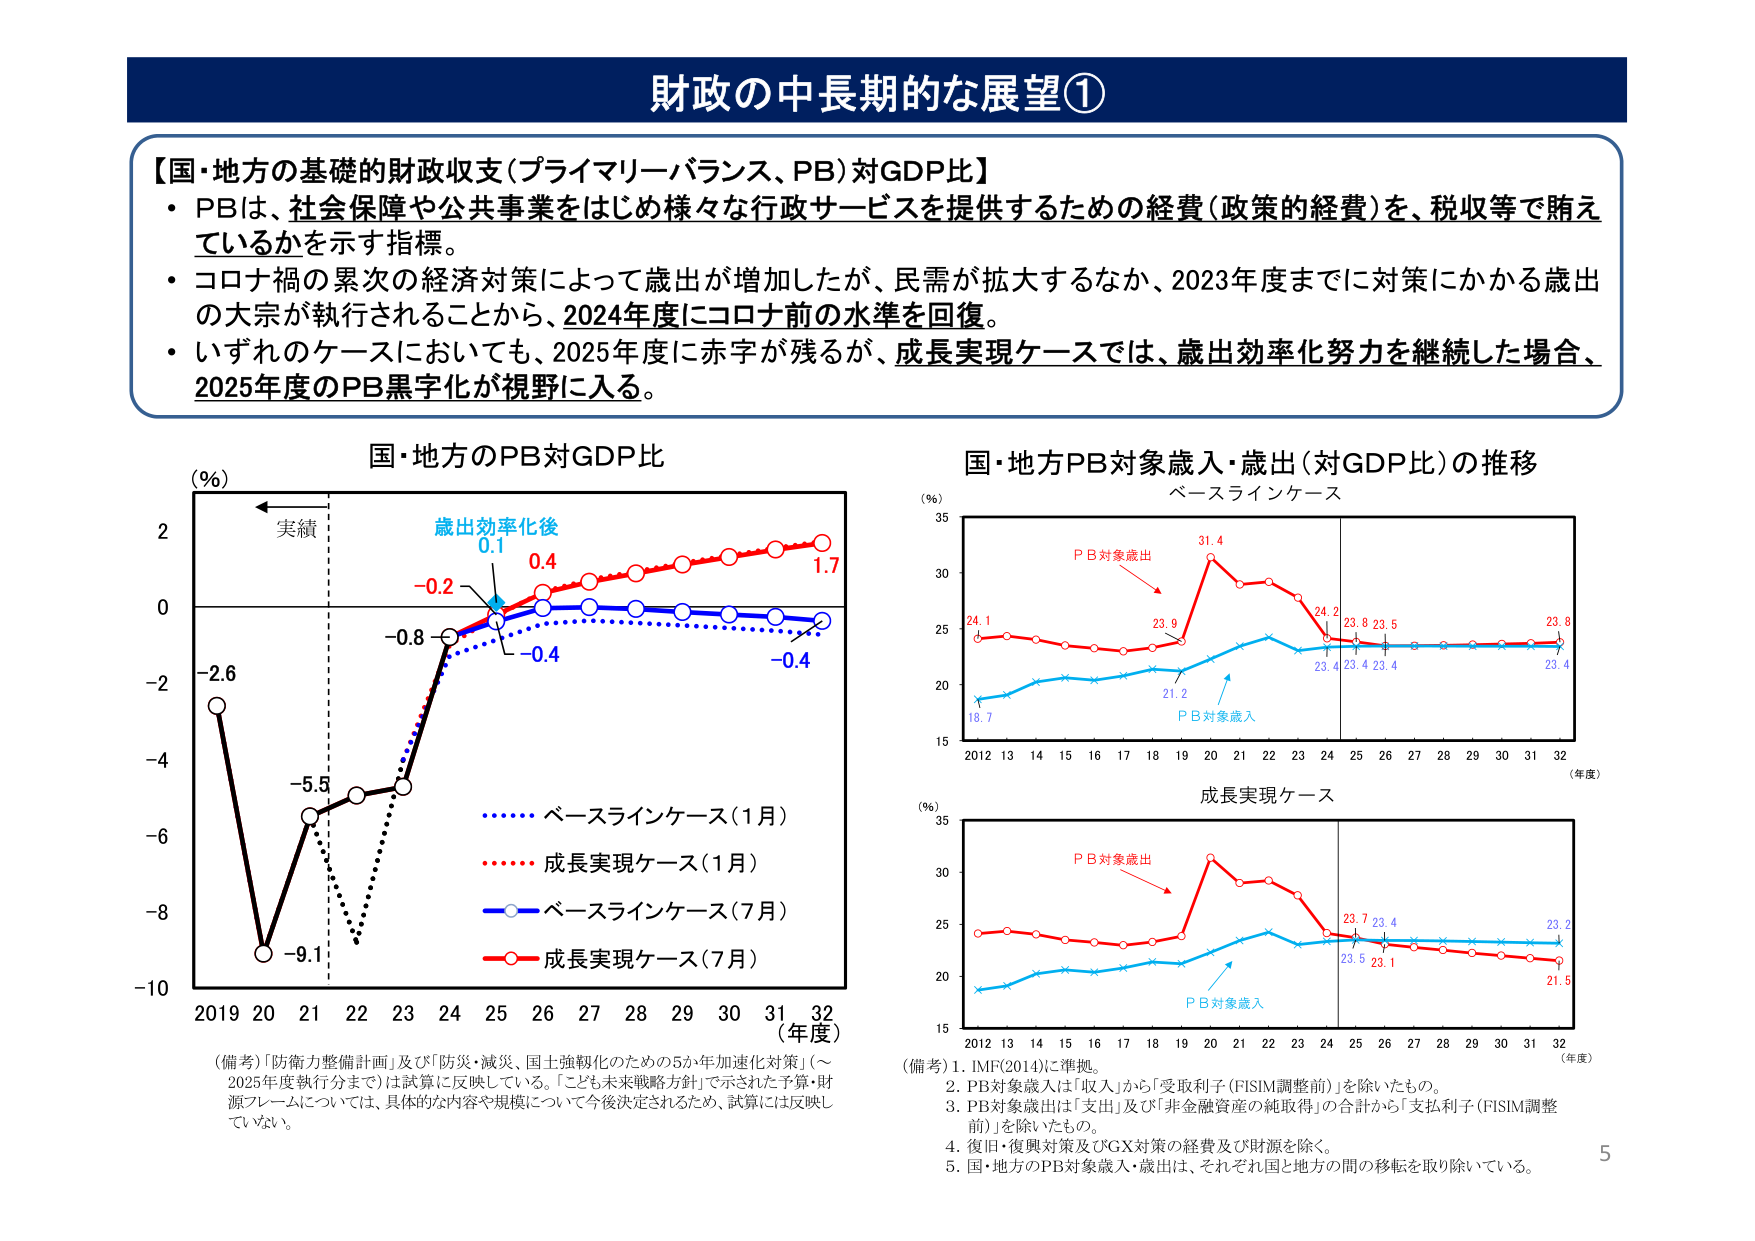
財政の中長期的な展望①

【国・地方の基礎的財政収支（プライマリーバランス、PB）対GDP比】
・PBは、社会保障や公共事業をはじめ様々な行政サービスを提供するための経費（政策的経費）を、税収等で賄えているかを示す指標。
・コロナ禍の累次の経済対策によって歳出が増加したが、民需が拡大するなか、2023年度までに対策にかかる歳出の大宗が執行されることから、2024年度にコロナ前の水準を回復。
・いずれのケースにおいても、2025年度に赤字が残るが、成長実現ケースでは、歳出効率化努力を継続した場合、2025年度のPB黒字化が視野に入る。

国・地方のPB対GDP比
（％）
実績
歳出効率化後
0.1
0.4
1.7
-0.2
-0.8
-0.4
-0.4
-2.6
-5.5
-9.1
2019 20 21 22 23 24 25 26 27 28 29 30 31 32（年度）
・・・・・・ ベースラインケース（1月）
・・・・・・ 成長実現ケース（1月）
―――― ベースラインケース（7月）
―――― 成長実現ケース（7月）

国・地方PB対象歳入・歳出（対GDP比）の推移
ベースラインケース
（％）
P B対象歳出
31.4
24.1
23.9
24.2
23.8 23.5
23.8
23.4
23.4 23.4
P B対象歳入
21.2
18.7
2012 13 14 15 16 17 18 19 20 21 22 23 24 25 26 27 28 29 30 31 32（年度）

成長実現ケース
（％）
P B対象歳出
23.7 23.4
23.2
23.5 23.1
21.5
P B対象歳入
2012 13 14 15 16 17 18 19 20 21 22 23 24 25 26 27 28 29 30 31 32（年度）

（備考）「防衛力整備計画」及び「防災・減災、国土強靭化のための5か年加速化対策」（～2025年度執行分まで）は試算に反映している。「こども未来戦略方針」で示された予算・財源フレームについては、具体的な内容や規模について今後決定されるため、試算には反映していない。

（備考）1. IMF(2014)に準拠。
2. PB対象歳入は「収入」から「受取利子（FISIM調整前）」を除いたもの。
3. PB対象歳出は「支出」及び「非金融資産の純取得」の合計から「支払利子（FISIM調整前）」を除いたもの。
4. 復旧・復興対策及びGX対策の経費及び財源を除く。
5. 国・地方のPB対象歳入・歳出は、それぞれ国と地方の間の移転を取り除いている。

5